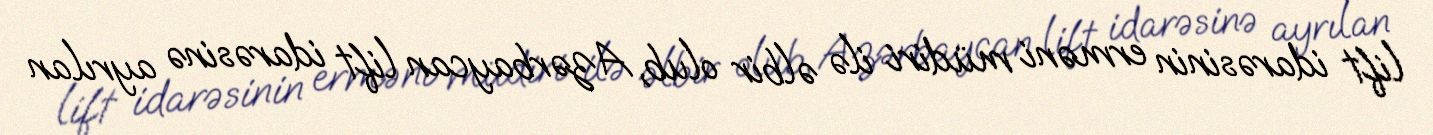
lift idarəsinin erməni müdiri ilə əlbir olub, Azərbaycan lift idarəsinə ayrılan